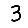
Digit: 3